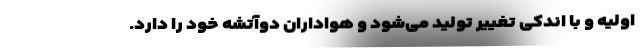
اولیه و با اندکی تغییر تولید می‌شود و هواداران دوآتشه خود را دارد.